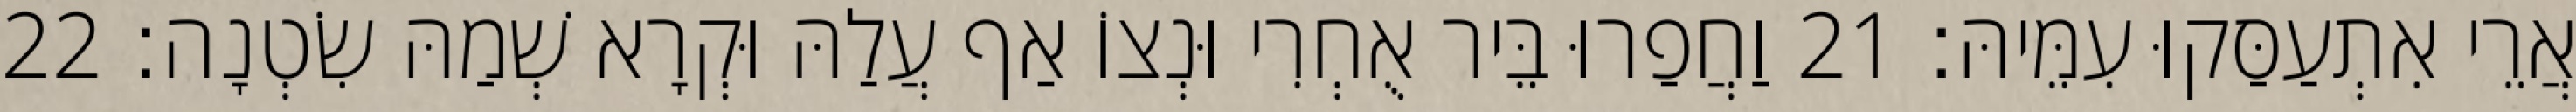
אֲרֵי אִתְעַסַּקוּ עִמֵּיהּ׃ 21 וַחֲפַרוּ בֵּיר אֻחְרִי וּנְצוֹ אַף עֲלַהּ וּקְרָא שְׁמַהּ שִׂטְנָה׃ 22